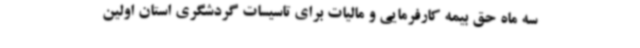
سه ماه حق بیمه کارفرمایی و مالیات برای تاسیسات گردشگری استان اولین